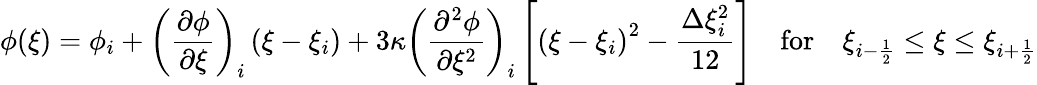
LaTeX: \phi(\xi)=\phi_{i}+\left(\frac{\partial\phi}{\partial\xi}\right)_{i}\left(\xi-\xi_{i}\right)+3\kappa\left(\frac{\partial^{2}\phi}{\partial\xi^{2}}\right)_{i}\left[\left(\xi-\xi_{i}\right)^{2}-\frac{\Delta\xi_{i}^{2}}{12}\right]\quad\mathrm{for}\quad\xi_{i-\frac{1}{2}}\le\xi\le\xi_{i+\frac{1}{2}}